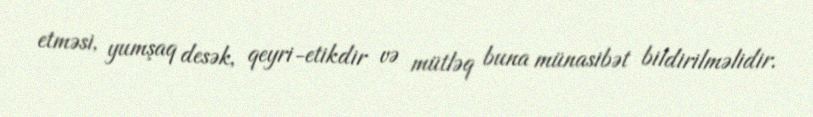
etməsi, yumşaq desək, qeyri-etikdir və mütləq buna münasibət bildirilməlidir.